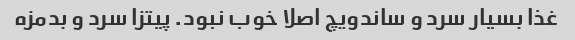
غذا بسیار سرد و ساندویچ اصلا خوب نبود. پیتزا سرد و بدمزه